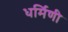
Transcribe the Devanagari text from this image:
धर्मिणी